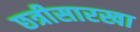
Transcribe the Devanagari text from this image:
छत्रीसारखा